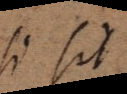
si sit